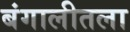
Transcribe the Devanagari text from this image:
बंगालीतला